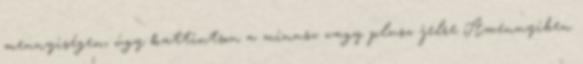
mennyiségen, úgy kattintson a minusz vagy plusz jelre Amennyiben